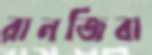
রানজিবা